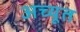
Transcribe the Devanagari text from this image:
अच्यूत